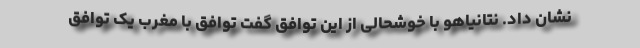
نشان داد. نتانیاهو با خوشحالی از این توافق گفت توافق با مغرب یک توافق